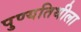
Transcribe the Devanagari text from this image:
पुण्यतिथीला